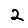
Digit: 2